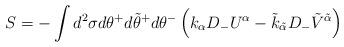
LaTeX: \begin{align*}S = -\int d^2 \sigma d\theta^{+}d\tilde{\theta}^{+}d\theta^{-} \left(k_\alpha D_- U^\alpha -\tilde{k}_{\tilde{\alpha}} D_-\tilde{V}^{\tilde{\alpha}}\right)\end{align*}